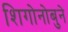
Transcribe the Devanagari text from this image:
शिगोनोबुने